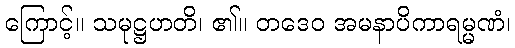
ကြောင့်။ သမုဋ္ဌဟတိ၊ ၏။ တဒေဝ အမနာပိကာရမ္မဏံ၊